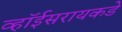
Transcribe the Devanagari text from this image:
व्हॉईसरायकडे